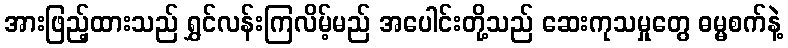
အားဖြည့်ထားသည် ရွှင်လန်းကြလိမ့်မည် အပေါင်းတို့သည် ဆေးကုသမှုတွေ ဓမ္မစက်နဲ့